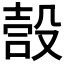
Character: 嗀